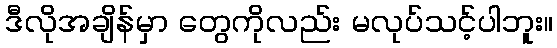
ဒီလိုအချိန်မှာ တွေကိုလည်း မလုပ်သင့်ပါဘူး။